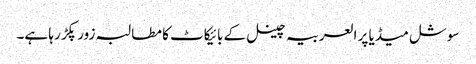
سوشل میڈیا پر العربیہ چینل کے بائیکاٹ کا مطالبہ زور پکڑ رہا ہے۔